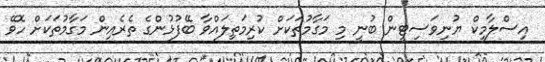
އިސްލާމިކް ޔުނިވަސިޓީން ބުނީ މި މަގާމުތަކަށް ކުރިމަތިލައްވާ ބޭފުޅުންގެ ތެރެއިން މަގާމުތަަކަށް ހޮވޭ